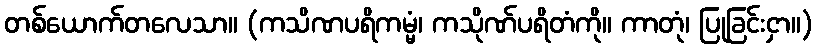
တစ်ယောက်တလေသာ။ (ကသိဏပရိကမ္မံ၊ ကသိုဏ်ပရိတံကို။ ကာတုံ၊ ပြုခြင်းငှာ။)